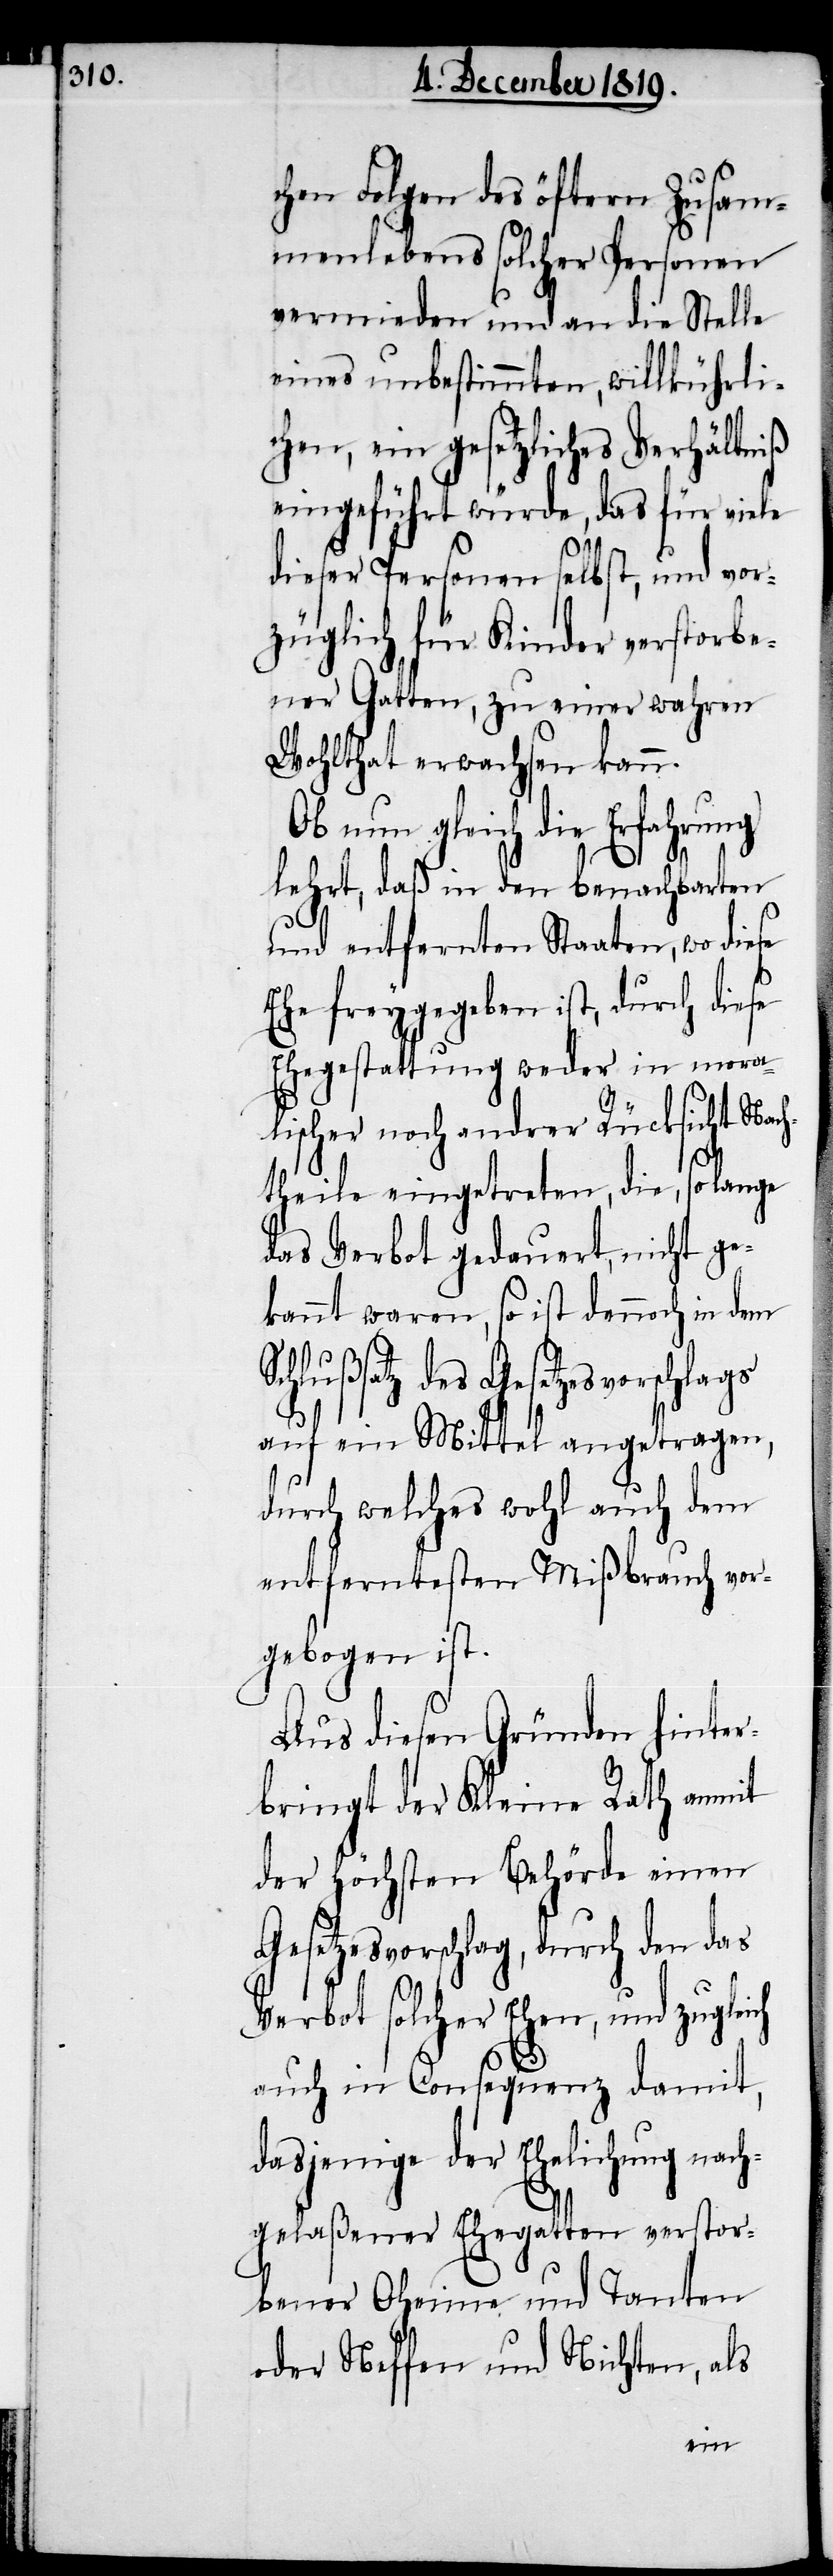
chen Folgen des öftern Zusam¬
menlebens solcher Personen
vermieden und an die Stelle
eines unbestimmten, willkührli¬
chen, ein gesetzliches Verhältniß
eingeführt würde, das für viele
dieser Personen selbst, und vor¬
züglich für Kinder verstorbe¬
ner Gatten, zu einer wahren
Wohltat erwachsen kann.
Ob nun gleich die Erfahrung
lehrt, daß in den benachbarten
und entfernten Staaten, wo diese
Ehe freygegeben ist, durch diese
Ehegestattung weder in mora¬
lischer noch andrer Rücksicht Nac¬
S¬
htheile eingetreten, die, so lange
das Verbot gedauert, nicht ge¬
kannt waren, so ist dennoch in dem
chlußsatz des Gesetzesvorschlags
auf ein Mittel angetragen,
durch welches wohl auch dem
entferntesten Mißbrauch vor¬
gebogen ist.
Aus diesen Gründen hinter¬
bringt der Kleine Rath [d]amit
der höchsten Behörde einen
Gesetzesvorschlag, durch den das
Verbot solcher Ehen, und zugleich
auch in Consequenz damit,
dasjenige der Ehelichung nach¬
gelaßener Ehegatten verstor¬
bener Oheime und Tanten
oder Neffen und Nichten, als